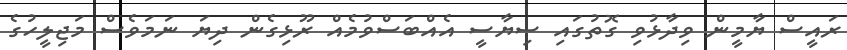
ރައީސް ޔާމީން ވިދާޅުވި ގޮތުގައި ސިޔާސީ އެއްބަސްވުމެއް ރޫޅިގެން ދިޔަ ނަމަވެސް މަޖިލީހުގެ